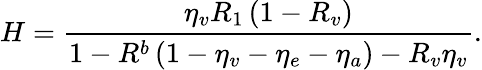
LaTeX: H=\frac{\eta_{v}R_{1}\left(1-R_{v}\right)}{1-R^{b}\left(1-\eta_{v}-\eta_{e}-\eta_{a}\right)-R_{v}\eta_{v}}.